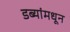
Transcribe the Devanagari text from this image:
डब्यांमधून